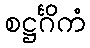
စဋ္ဌင်္ဂိကံ